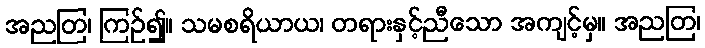
အညတြ၊ ကြဉ်၍။ သမစရိယာယ၊ တရားနှင့်ညီသော အကျင့်မှ။ အညတြ၊